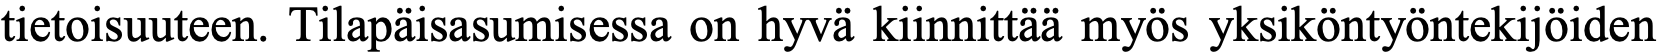
tietoisuuteen. Tilapäisasumisessa on hyvä kiinnittää myös yksiköntyöntekijöiden